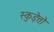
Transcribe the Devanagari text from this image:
स्कुड़ेत्तो